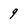
Character: 9